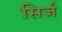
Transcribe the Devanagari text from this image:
सिर्ज